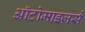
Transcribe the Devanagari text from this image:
ऑटोमाइज़र्स